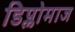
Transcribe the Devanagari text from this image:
डिप्लोमाज